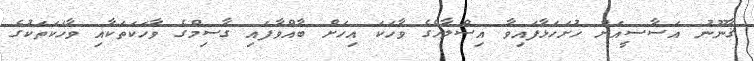
ޤާނޫނު އަސާސީއަށް ހުށަހަޅާފައިވާ އިސްލާހްގެ ވާހަކަ އިހަށް ބާއްވާފައި ގާސިމްގެ ވާހަކަތަކާއި ވާހަކަތަކުގެ